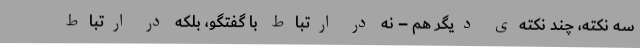
سه نکته، چند نکته‌ی دیگر هم – نه در ارتباط با گفتگو، بلکه در ارتباط